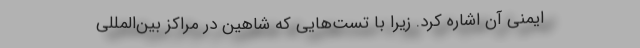
ایمنی آن اشاره کرد. زیرا با تست‌هایی که شاهین در مراکز بین‌المللی